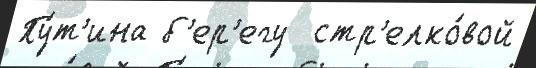
Пу́т'ина б'ер'егу  стр'елко́вой